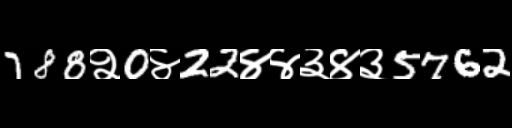
Text: 788२0४22४४३४३5762